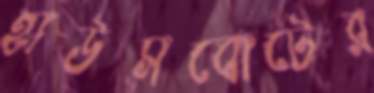
হাউসবোটের